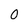
Character: O